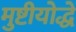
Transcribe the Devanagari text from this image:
मुष्टीयोद्धे